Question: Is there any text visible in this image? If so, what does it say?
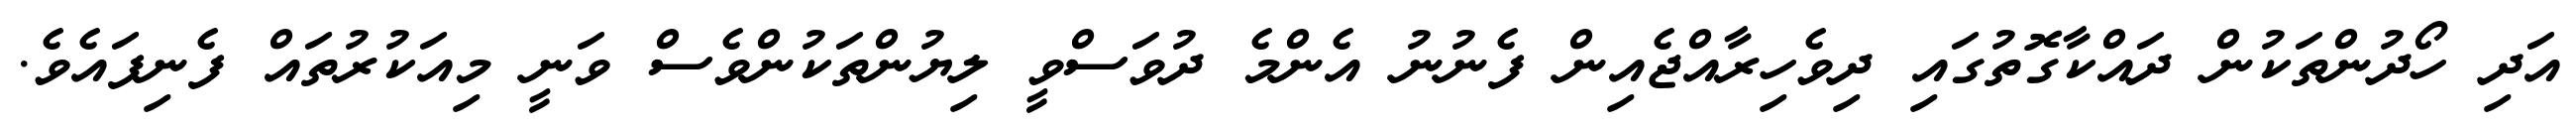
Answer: އަދި ހޯދުންތަކުން ދައްކާގޮތުގައި ދިވެހިރާއްޖެއިން ފެނުނު އެންމެ ދުވަސްވީ ލިޔުންތަކުންވެސް ވަނީ މިއަކުރުތައް ފެނިފައެވެ.